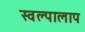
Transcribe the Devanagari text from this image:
स्वल्पालाप